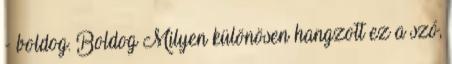
- boldog. Boldog Milyen különösen hangzott ez a szó,